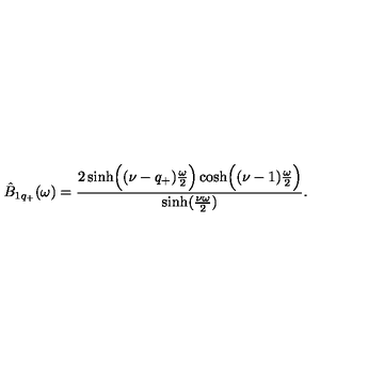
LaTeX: \hat { B } _ { 1 q _ { + } } ( \omega ) = { \frac { 2 \sinh \Bigl ( ( \nu - q _ { + } ) { \frac { \omega } { 2 } } \Bigr ) \cosh \Bigl ( ( \nu - 1 ) { \frac { \omega } { 2 } } \Bigr ) } { \sinh ( { \frac { \nu \omega } { 2 } } ) } } .